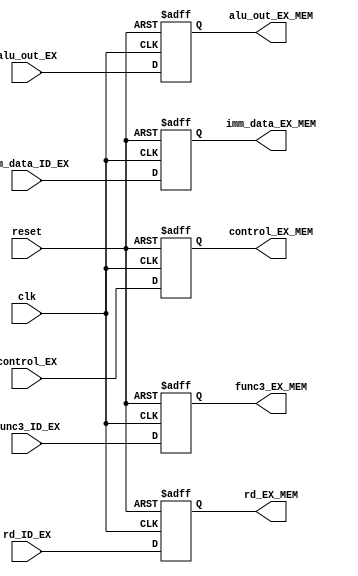
`timescale 1ns / 1ps

module ex_mem(
	input clk,
	input reset,
	input [31:0] alu_out_EX,
	input [4:0] rd_ID_EX,
	input [31:0] imm_data_ID_EX,
	input [3:0] control_EX,
	input [2:0] func3_ID_EX,
	output reg [31:0] alu_out_EX_MEM,
	output reg [4:0] rd_EX_MEM,
	output reg [31:0] imm_data_EX_MEM,
	output reg [3:0] control_EX_MEM,
	output reg [2:0] func3_EX_MEM
    );

always@(posedge clk,negedge reset)
begin
if(reset == 0)
begin
alu_out_EX_MEM = 0;
rd_EX_MEM = 0;
imm_data_EX_MEM = 0;
control_EX_MEM = 0;
func3_EX_MEM = 0;
end
else
begin
alu_out_EX_MEM = alu_out_EX;
rd_EX_MEM = rd_ID_EX;
imm_data_EX_MEM = imm_data_ID_EX;
control_EX_MEM = control_EX;
func3_EX_MEM = func3_ID_EX;
end
end
endmodule